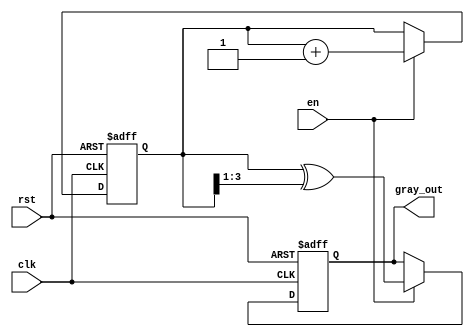
module gray_code_counter (
    input wire clk,       // Clock signal
    input wire rst,       // Reset signal
    input wire en,        // Enable signal
    output reg [3:0] gray_out // Gray code output (4-bit)
);

// Internal binary counter
reg [3:0] binary_count;

// Function to convert binary to Gray code
function [3:0] binary_to_gray;
    input [3:0] binary;
    begin
        binary_to_gray = binary ^ (binary >> 1);
    end
endfunction

// Always block for the binary counter and Gray code conversion
always @(posedge clk or posedge rst) begin
    if (rst) begin
        // Reset the binary counter and Gray code output
        binary_count <= 4'b0000;
        gray_out <= binary_to_gray(4'b0000); // Gray code representation of 0
    end else if (en) begin
        // Increment the binary counter when enabled
        binary_count <= binary_count + 1;
        // Convert to Gray code
        gray_out <= binary_to_gray(binary_count);
    end
    // If not enabled, hold current state (gray_out holds last value)
end

endmodule